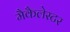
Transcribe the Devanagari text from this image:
मैकैलेस्टर